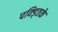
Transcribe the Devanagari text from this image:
पक्ड्तिके